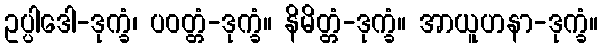
ဥပ္ပါဒေါ-ဒုက္ခံ၊ ပဝတ္တံ-ဒုက္ခံ။ နိမိတ္တံ-ဒုက္ခံ။ အာယူဟနာ-ဒုက္ခံ။